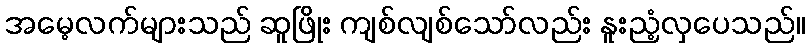
အမေ့လက်များသည် ဆူဖြိုး ကျစ်လျစ်သော်လည်း နူးညံ့လှပေသည်။